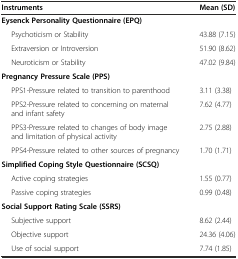
| Instruments | Mean (SD) |
 | --- | --- |
 | Eysenck Personality Questionnaire (EPQ) |  |
 | Psychoticism or Stability | 43.88 (7.15) |
 | Extraversion or Introversion | 51.90 (8.62) |
 | Neuroticism or Stability | 47.02 (9.84) |
 | Pregnancy Pressure Scale (PPS) |  |
 | PPS1-Pressure related to transition to parenthood | 3.11 (3.38) |
 | PPS2-Pressure related to concerning on maternal and infant safety | 7.62 (4.77) |
 | PPS3-Pressure related to changes of body image and limitation of physical activity | 2.75 (2.88) |
 | PPS4-Pressure related to other sources of pregnancy | 1.70 (1.71) |
 | Simplified Coping Style Questionnaire (SCSQ) |  |
 | Active coping strategies | 1.55 (0.77) |
 | Passive coping strategies | 0.99 (0.48) |
 | Social Support Rating Scale (SSRS) |  |
 | Subjective support | 8.62 (2.44) |
 | Objective support | 24.36 (4.06) |
 | Use of social support | 7.74 (1.85) |